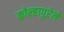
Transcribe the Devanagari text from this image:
कोल्हापुरेने